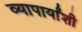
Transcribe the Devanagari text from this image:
व्यापार्यांशी